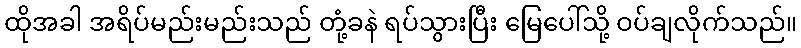
ထိုအခါ အရိပ်မည်းမည်းသည် တုံ့ခနဲ ရပ်သွားပြီး မြေပေါ်သို့ ဝပ်ချလိုက်သည်။